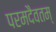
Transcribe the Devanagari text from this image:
परमदैवतम्